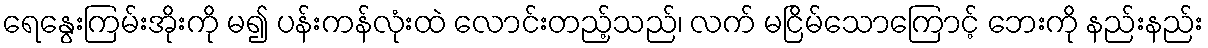
ရေနွေးကြမ်းအိုးကို မ၍ ပန်းကန်လုံးထဲ လောင်းတည့်သည်၊ လက် မငြိမ်သောကြောင့် ဘေးကို နည်းနည်း